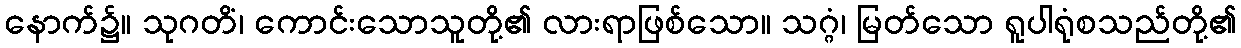
နောက်၌။ သုဂတိံ၊ ကောင်းသောသူတို့၏ လားရာဖြစ်သော။ သဂ္ဂံ၊ မြတ်သော ရူပါရုံစသည်တို့၏